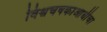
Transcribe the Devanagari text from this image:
विश्वचषकाआधीचा